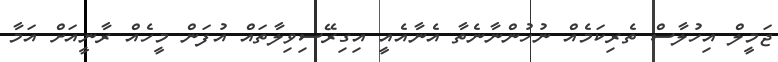
ޖަމީލް އިހުލާސް ތެރިކަމެއް ނުހުންނާނެތާ އެނާއެއީ އިގިރޭސިވިލާތައް އުފަން މީހެއް ރާނީއަށް އަމާ